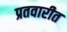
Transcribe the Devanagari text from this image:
प्रतवारीत